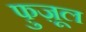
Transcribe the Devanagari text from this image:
फ़ुज़ूल